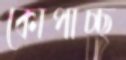
কোপাচ্ছ